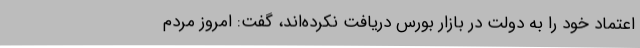
اعتماد خود را به دولت در بازار بورس دریافت نکرده‌اند، گفت: امروز مردم